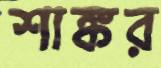
শাঙ্কর